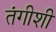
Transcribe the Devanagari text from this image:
तंगीशी